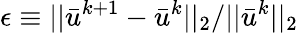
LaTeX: \epsilon\equiv{||\bar{u}^{k+1}-\bar{u}^{k}||_{2}}/{||\bar{u}^{k}||_{2}}